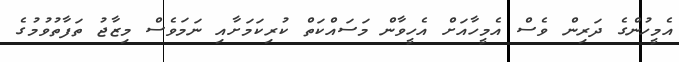
އެމީހުންގެ ދަރިން ވެސް އެމީހާއަށް އެހީވާން މަސައްކަތް ކުރިކަމަށާއި ނަމަވެސް މިޒާޖު ތަފާތުވުމުގެ